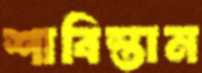
শাবিস্তান